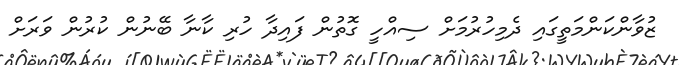
ޒުވާންކަންމަތީގައި ދެމިހުރުމަށް ސިއްހީ ގޮތުން ފައިދާ ހުރި ކާނާ ބޭނުން ކުރުން ވަރަށް